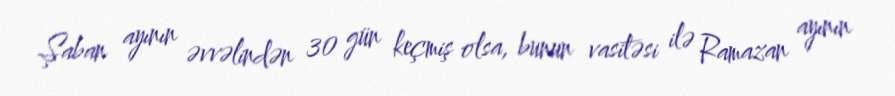
Şaban ayının əvvəlindən 30 gün keçmiş olsa, bunun vasitəsi ilə Ramazan ayının